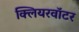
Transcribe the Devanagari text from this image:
क्लियरवॉटर